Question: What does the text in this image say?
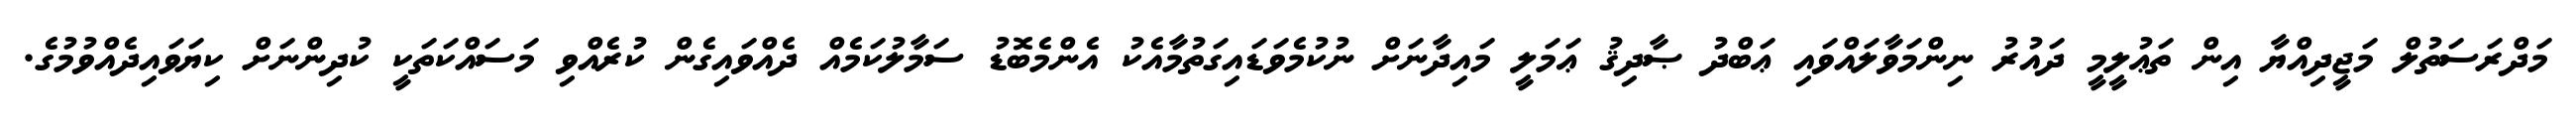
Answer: މަދްރަސަތުލް މަޖީދިއްޔާ އިން ތަޢުލީމީ ދައުރު ނިންމަވާލައްވައި ޢަބްދު ޞާދިޤު ޢަމަލީ މައިދާނަށް ނުކުމެވަޑައިގަތުމާއެކު އެންމެބޮޑު ސަމާލުކަމެއް ދެއްވައިގެން ކުރެއްވި މަސައްކަތަކީ ކުދިންނަށް ކިޔަވައިދެއްވުމުގެ.